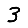
Digit: 3